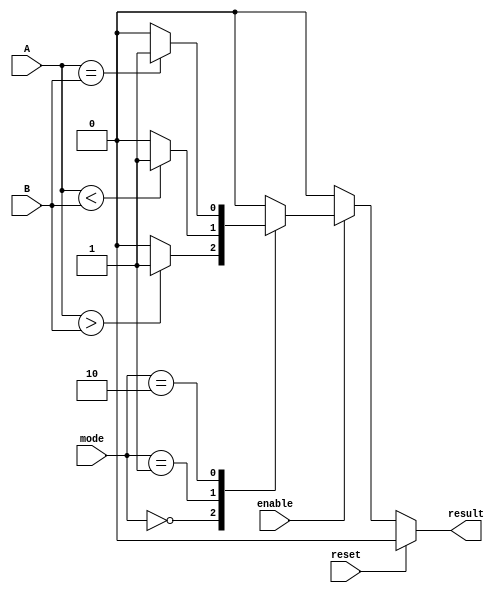
module ParameterizedComparator #(
    parameter N = 8 // Default width of the input vectors
)(
    input wire [N-1:0] A,          // Input vector A
    input wire [N-1:0] B,          // Input vector B
    input wire [1:0] mode,         // Comparison mode: 00 = A > B, 01 = A < B, 10 = A == B
    input wire reset,              // Asynchronous reset
    input wire enable,             // Enable signal
    output reg result              // Output result of the comparison
);

    // Internal logic for comparison
    always @(*) begin
        if (reset) begin
            result = 1'b0; // Reset output
        end else if (enable) begin
            case (mode)
                2'b00: result = (A > B) ? 1'b1 : 1'b0; // A > B
                2'b01: result = (A < B) ? 1'b1 : 1'b0; // A < B
                2'b10: result = (A == B) ? 1'b1 : 1'b0; // A == B
                default: result = 1'b0; // Default case
            endcase
        end else begin
            result = 1'b0; // If not enabled, output is 0
        end
    end

endmodule